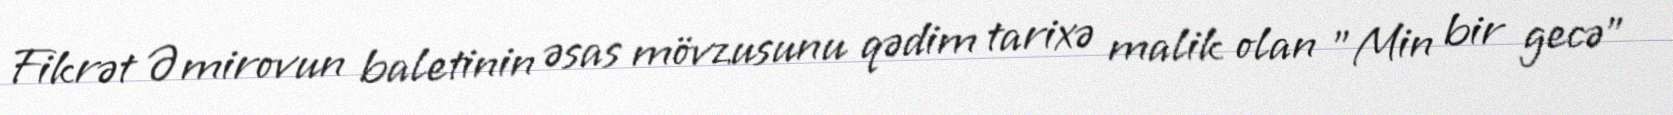
Fikrət Əmirovun baletinin əsas mövzusunu qədim tarixə malik olan "Min bir gecə"